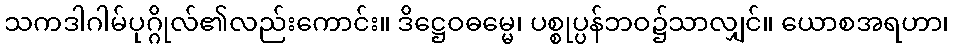
သကဒါဂါမ်ပုဂ္ဂိုလ်၏လည်းကောင်း။ ဒိဋ္ဌေဝဓမ္မေ၊ ပစ္စုပ္ပန်ဘဝ၌သာလျှင်။ ယောစအရဟာ၊